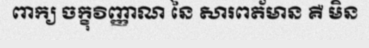
ពាក្យ ចក្ខុវិញ្ញាណ នៃ សារពត័មាន គឺ មិន